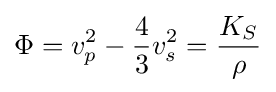
\Phi =v_{p}^{2}-{\frac {4}{3}}v_{s}^{2}={\frac {K_{S}}{\rho }}